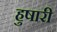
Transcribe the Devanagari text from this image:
हुषारी